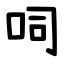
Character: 呞